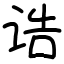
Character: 诰